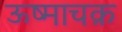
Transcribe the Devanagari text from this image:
ऊष्माचक्र